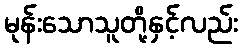
မုန်းသောသူတို့နှင့်လည်း